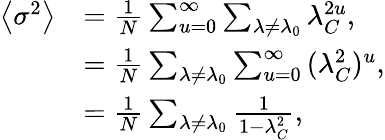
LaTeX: \begin{array}{rl}{\left\langle\sigma^{2}\right\rangle}&{=\frac{1}{N}\sum_{u=0}^{\infty}\sum_{\lambda\neq\lambda_{0}}{\lambda_{C}^{2u}},}\\ &{=\frac{1}{N}\sum_{\lambda\neq\lambda_{0}}\sum_{u=0}^{\infty}{(\lambda_{C}^{2})^{u}},}\\ &{=\frac{1}{N}\sum_{\lambda\neq\lambda_{0}}\frac{1}{1-\lambda_{C}^{2}},}\end{array}